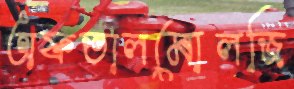
অফতালমোলজি